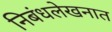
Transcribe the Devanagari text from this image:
निबंधलेखनात